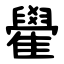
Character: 雤